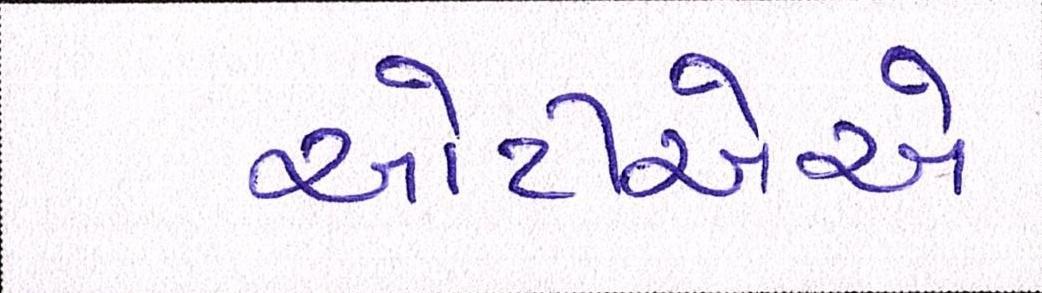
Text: ઓટીએએ